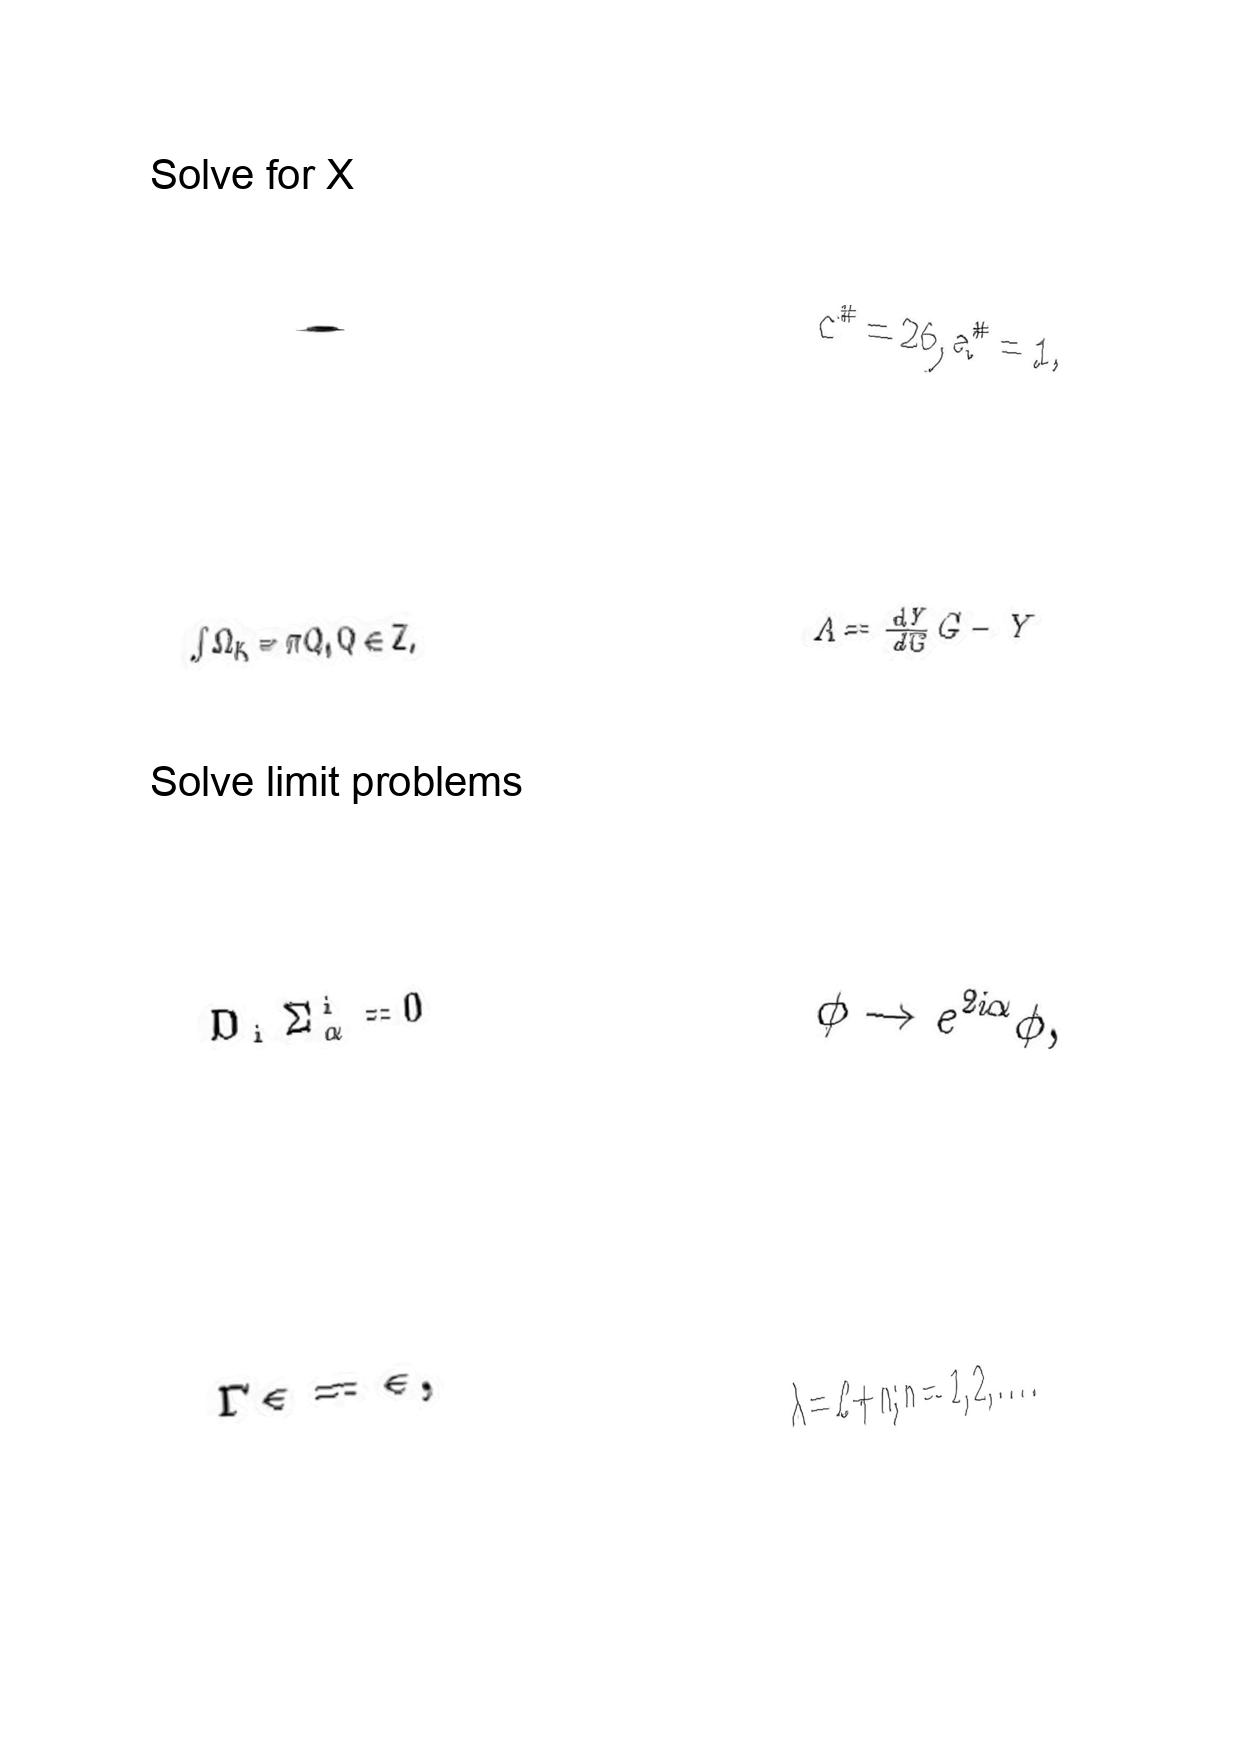
LaTeX transcription:
.
\int \Omega _ { K } = \pi Q , Q \in Z .
D _ { i } \Sigma _ { \alpha } ^ { i } = 0
\Gamma \epsilon = \epsilon ,
c ^ { \# } = 2 6 , a ^ { \# } = 1 ,
\Lambda = \frac { d Y } { d G } G - Y
\phi \rightarrow e ^ { 2 i \alpha } \phi ,
\lambda = \ell + n ; n = 1 , 2 , \ldots .